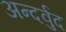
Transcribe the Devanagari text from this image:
अन्दर्वुद